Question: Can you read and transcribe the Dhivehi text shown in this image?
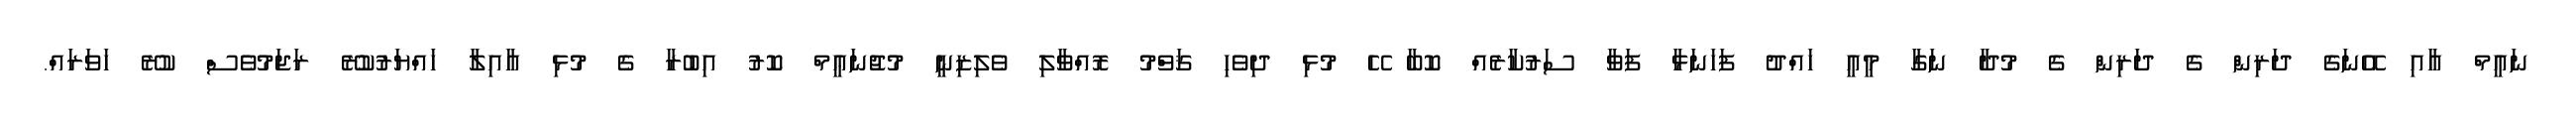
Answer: ނައީމް އާއި އޭނަގެ ދަރިން ގެ ދަރިން ގެ މުދާ ނަގާ މީއީ ހައްދު ފަހަނަޅާ ފަވާ ސަރުކާރެއް ކޮބާ ހޭ މުޅި ދިވެހި ޤަވްމު ރޮއްވާލި ވެލިޒިނީ މުޖުނަޢީމް ކޮރު އިބުރާ ގެ މުޅި އާއިލާ ހައްޔަރުކުރޭ ރަޖަމުވެސް ކުރޭ ހަވަރައް.